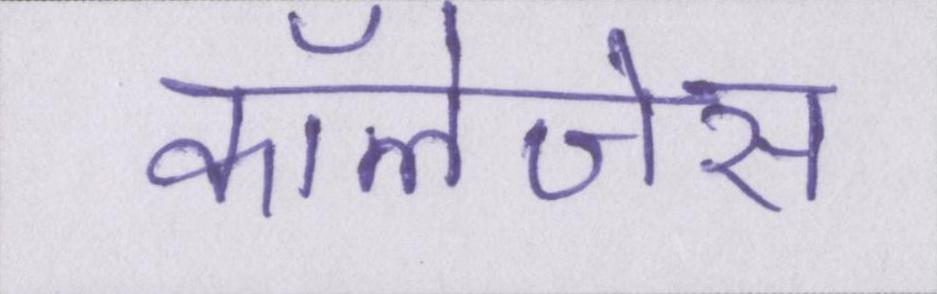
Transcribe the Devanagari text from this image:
कॉलेजेस